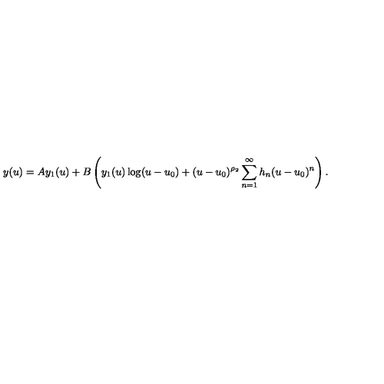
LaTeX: y ( u ) = A y _ { 1 } ( u ) + B \left( y _ { 1 } ( u ) \log ( u - u _ { 0 } ) + ( u - u _ { 0 } ) ^ { \rho _ { 2 } } \sum _ { n = 1 } ^ { \infty } h _ { n } ( u - u _ { 0 } ) ^ { n } \right) .